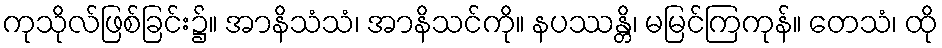
ကုသိုလ်ဖြစ်ခြင်း၌။ အာနိသံသံ၊ အာနိသင်ကို။ နပဿန္တိ၊ မမြင်ကြကုန်။ တေသံ၊ ထို